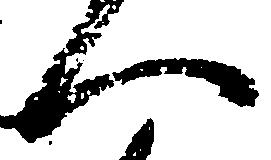
へ